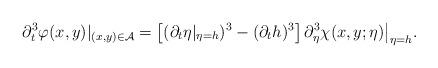
LaTeX: \begin{align*}\partial_t^3\varphi(x,y)|_{(x,y)\in\mathcal{A}}=\left[(\partial_t\eta|_{\eta=h})^3-(\partial_t h)^3\right]\partial_\eta^3 \chi(x,y;\eta)\big|_{\eta=h}.\end{align*}